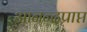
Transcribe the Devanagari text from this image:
आनन्दप्राप्त